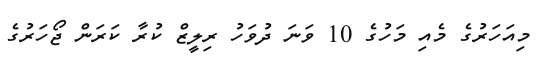
މިއަހަރުގެ މެއި މަހުގެ 10 ވަނަ ދުވަހު ރިލީޒް ކުރާ ކަރަން ޖޯހަރުގެ